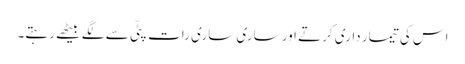
اس کی تیمار داری کرتے اور ساری ساری رات پٹّی سے لگے بیٹھے رہتے۔